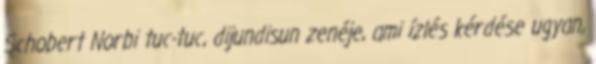
Schobert Norbi tuc-tuc, dijundisun zenéje, ami ízlés kérdése ugyan,